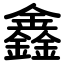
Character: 鑫